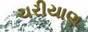
ચરીયાણ